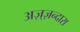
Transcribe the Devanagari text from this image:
अज़्ज़न्दारा